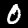
Digit: 0